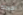
القاحلة